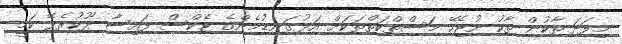
މިފަދަ ތާކުން ތާކު ނުޖެހޭ މަސްތްކަތްތަކަށް އަޅުގަނޑުމެންގެ ޓެކްސް ފައިސާ ދޫކުރެވޭ ކަމީ